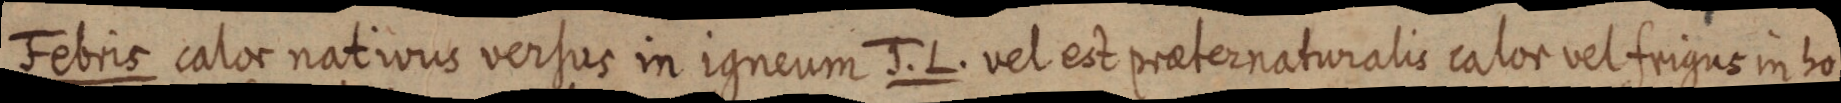
Febris calor natiivus versus in igneum J. L. vel est praeter naturalis calor vel frigus in bo